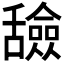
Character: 𬜐